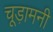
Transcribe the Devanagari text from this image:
चूड़ामनी